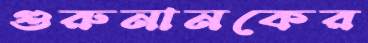
গুরুনানকের